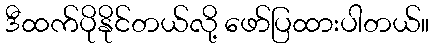
ဒီထက်ပိုနိုင်တယ်လို့ ဖော်ပြထားပါတယ်။